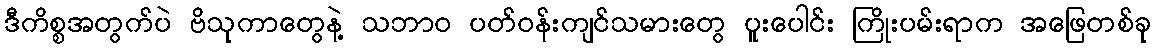
ဒီကိစ္စအတွက်ပဲ ဗိသုကာတွေနဲ့ သဘာဝ ပတ်ဝန်းကျင်သမားတွေ ပူးပေါင်း ကြိုးပမ်းရာက အဖြေတစ်ခု